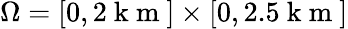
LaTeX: \Omega=[0,2\mathrm{~k~m~}]\times[0,2.5\mathrm{~k~m~}]